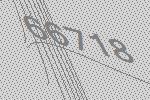
66718